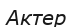
Актер